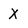
Character: X